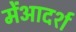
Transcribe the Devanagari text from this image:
मेंआदर्श